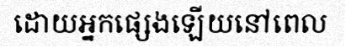
ដោយអ្នកផ្សេងឡើយនៅពេល